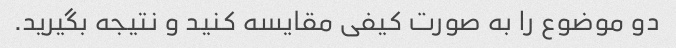
دو موضوع را به صورت کیفی مقایسه کنید و نتیجه بگیرید.